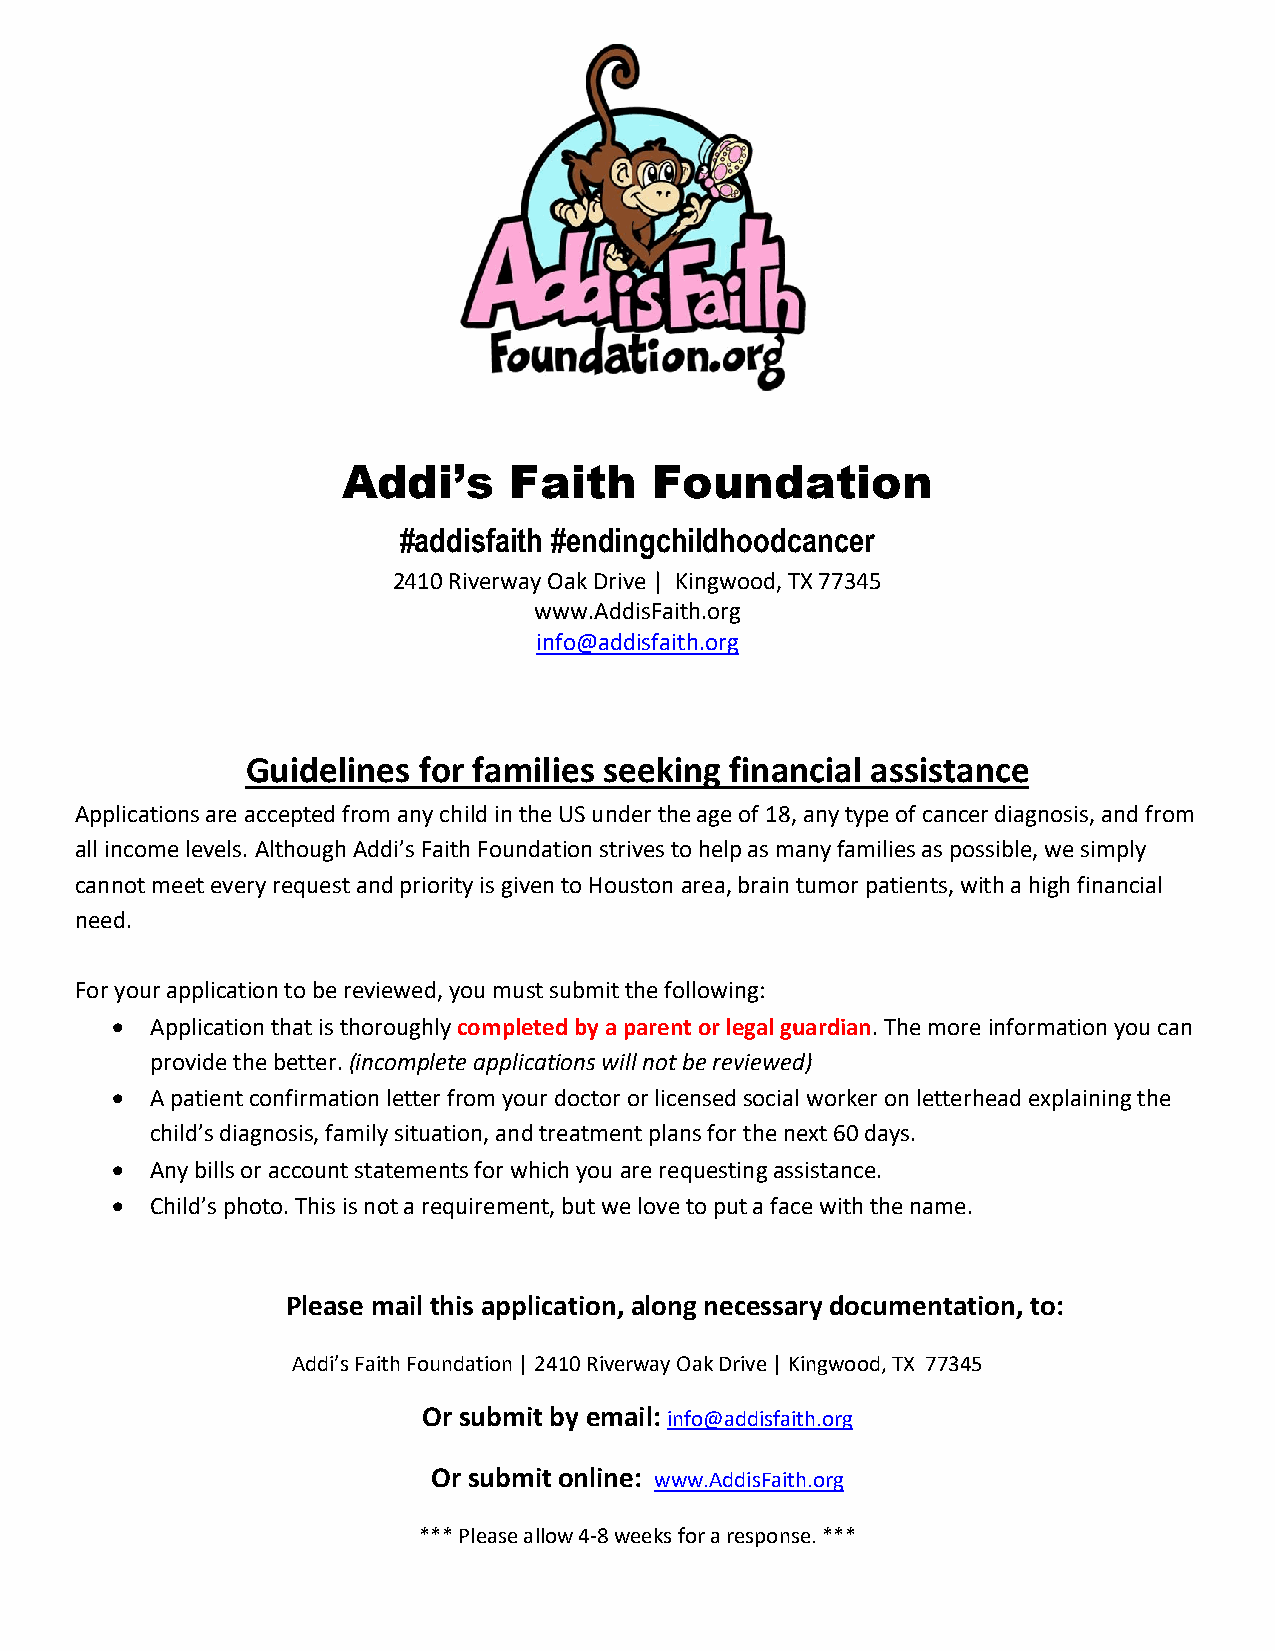
Addi’s     Faith    Foundation
 #addisfaith #endingchildhoodcancer
 2410 Riverway Oak Drive | Kingwood, TX 77345
 www.AddisFaith.org
 info@addisfaith.org
 Guidelines  for families seeking financial assistance
 Applications are accepted from any child in the US under the age of 18, any type of cancer diagnosis, and from
 all income levels. Although Addi’s Faith Foundation strives to help as many families as possible, we simply
 cannot meet every request and priority is given to Houston area, brain tumor patients, with a high financial
 need.
 For your application to be reviewed, you must submit the following:
 •  Application that is thoroughly completed by a parent or legal guardian. The more information you can
 provide the better. (incomplete applications will not be reviewed)
 •  A patient confirmation letter from your doctor or licensed social worker on letterhead explaining the
 child’s diagnosis, family situation, and treatment plans for the next 60 days.
 •  Any bills or account statements for which you are requesting assistance.
 •  Child’s photo. This is not a requirement, but we love to put a face with the name.
 Please mail this application, along necessary documentation, to:
 Addi’s Faith Foundation | 2410 Riverway Oak Drive | Kingwood, TX 77345
 Or submit by email: info@addisfaith.org
 Or submit online: www.AddisFaith.org
 *** Please allow 4-8 weeks for a response. ***